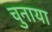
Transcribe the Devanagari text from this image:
चुनाया